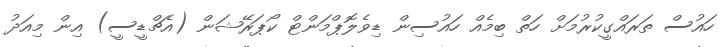
ހައުސް ތަރައްގީކުރުމަށް ހަތް ބިމެއް ހައުސިން ޑިވެލޮޕްމަންޓް ކޯޕަރޭޝަން (އެޗްޑީސީ) އިން މިއަދު